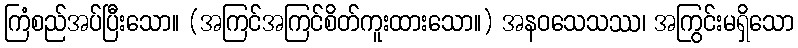
ကြံစည်အပ်ပြီးသော။ (အကြင်အကြင်စိတ်ကူးထားသော။) အနဝသေသဿ၊ အကြွင်းမရှိသော